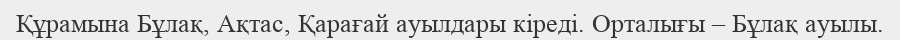
Құрамына Бұлақ, Ақтас, Қарағай ауылдары кіреді. Орталығы – Бұлақ ауылы.